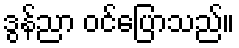
ဒွန်ညာ ဝင်ပြောသည်။